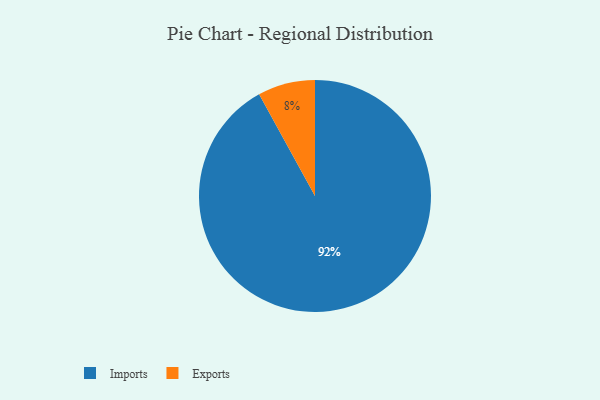
{"axis": {"x": "Category", "y": "Percentage"}, "legend": ["Exports", "Imports"], "data": [{"x": "Imports", "y": 92, "type": "Imports"}, {"x": "Exports", "y": 8, "type": "Exports"}]}